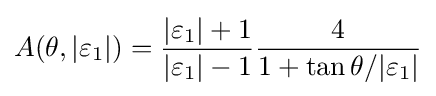
A(\theta ,|\varepsilon _{1}|)={\frac {|\varepsilon _{1}|+1}{|\varepsilon _{1}|-1}}{\frac {4}{1+\tan {\theta }/|\varepsilon _{1}|}}